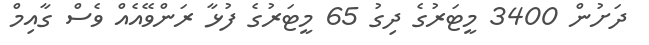
ދަށުން 3400 މީޓަރުގެ ދިގު 65 މީޓަރުގެ ފުޅާ ރަންވޭއެއް ވެސް ގާއިމް